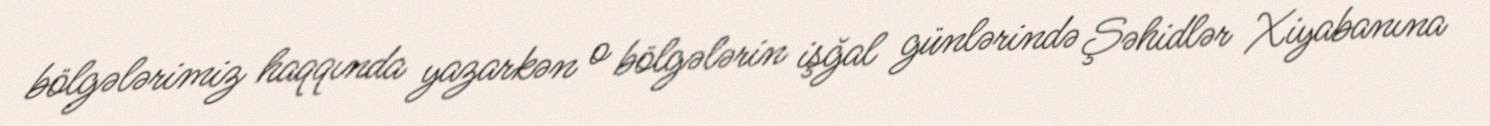
bölgələrimiz haqqında yazarkən o bölgələrin işğal günlərində Şəhidlər Xiyabanına